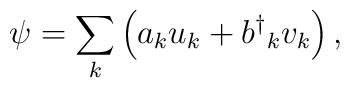
\psi=\sum_{k}  \left( a_k u_k+  b^\dag{}_k v_k\right),